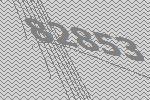
82853